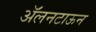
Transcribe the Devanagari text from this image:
ॲलनटाऊन